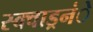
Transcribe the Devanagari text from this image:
स्क्वाड्रनंे